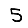
Digit: 5